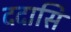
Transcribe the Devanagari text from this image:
ददासि